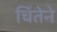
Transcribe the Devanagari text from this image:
चिंतेने